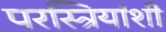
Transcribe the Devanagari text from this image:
परस्त्रियांशी